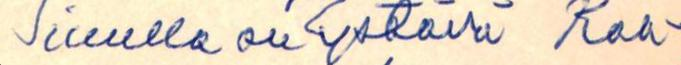
Sinulla on /ystävä Raa-